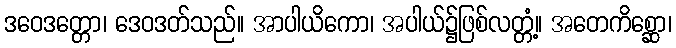
ဒဝေဒတ္တော၊ ဒေဝဒတ်သည်။ အာပါယိကော၊ အပါယ်၌ဖြစ်လတ္တံ့။ အတေကိစ္ဆော၊